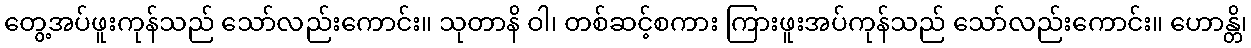
တွေ့အပ်ဖူးကုန်သည် သော်လည်းကောင်း။ သုတာနိ ဝါ၊ တစ်ဆင့်စကား ကြားဖူးအပ်ကုန်သည် သော်လည်းကောင်း။ ဟောန္တိ၊